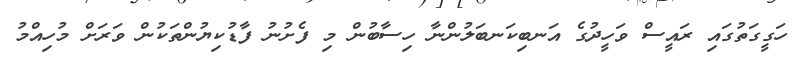
ހަގީގަތުގައި ރައީސް ވަހީދުގެ އަނބިކަނބަލުންނާ ހިސާބުން މި ފެށުނު ފާޑުކިޔުންތަކުން ވަރަށް މުހިއްމު